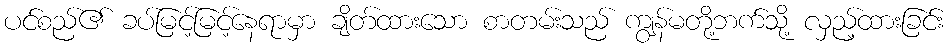
ပင်စည်၏ ခပ်မြင့်မြင့်နေရာမှာ ချိတ်ထားသော စာတမ်းသည် ကျွန်မတို့ဘက်သို့ လှည့်ထားခြင်း